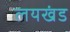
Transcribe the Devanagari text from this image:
लयखंड